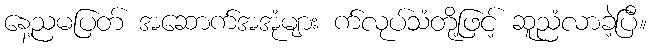
နေ့ညမပြတ် အဆောက်အအုံများ က်လုပ်သံတို့ဖြင့် ဆူညံလာခဲ့ပြီ။